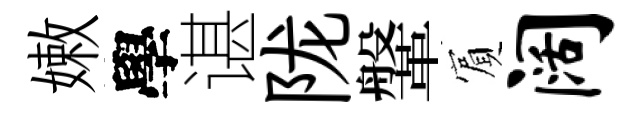
嫩學谌陇鞶賔阔